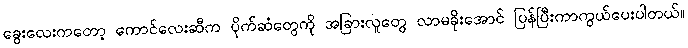
ခွေးလေးကတော့ ကောင်လေးဆီက ပိုက်ဆံတွေကို အခြားလူတွေ လာမခိုးအောင် ပြန်ပြီးကာကွယ်ပေးပါတယ်။